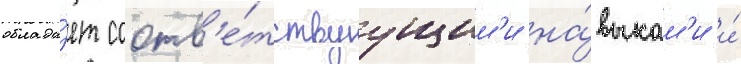
облада́ет соотв'е́тствуущим'и на́выкам'и и́